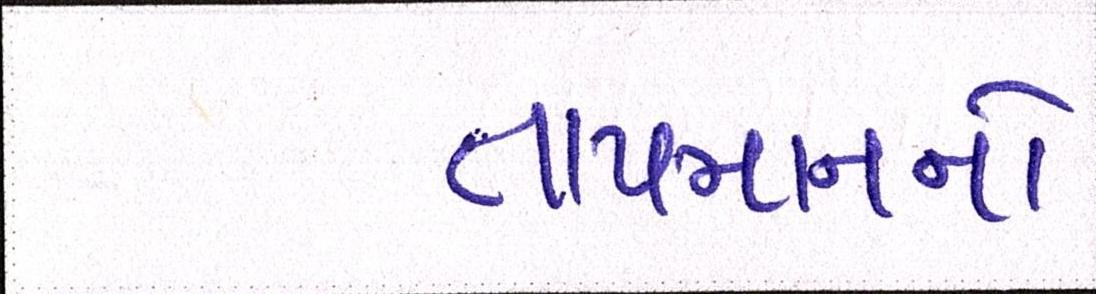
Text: તાપમાનનો